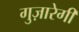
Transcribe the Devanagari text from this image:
गुज़ारेगी